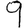
Digit: 9